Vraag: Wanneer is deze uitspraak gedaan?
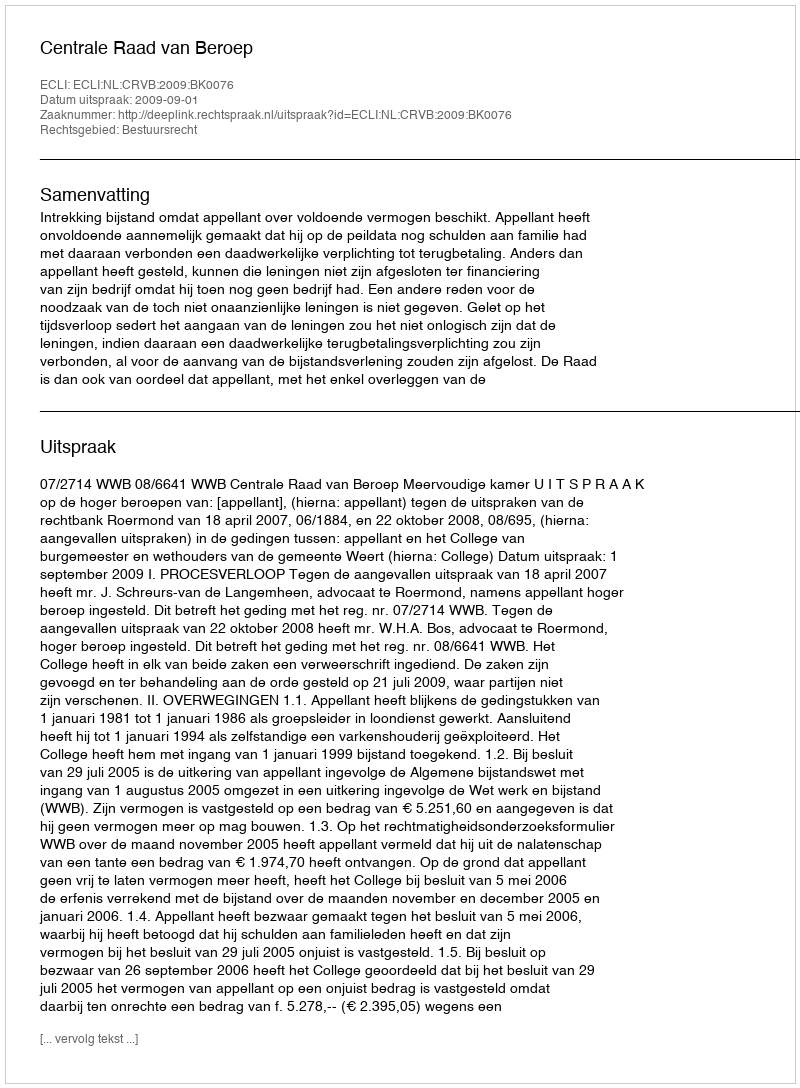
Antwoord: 2009-09-01